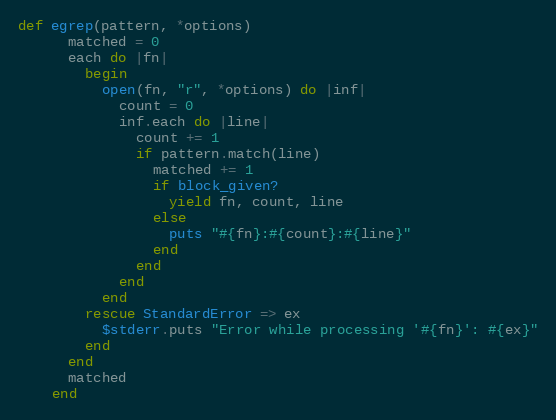
Language: Ruby
def egrep(pattern, *options)
      matched = 0
      each do |fn|
        begin
          open(fn, "r", *options) do |inf|
            count = 0
            inf.each do |line|
              count += 1
              if pattern.match(line)
                matched += 1
                if block_given?
                  yield fn, count, line
                else
                  puts "#{fn}:#{count}:#{line}"
                end
              end
            end
          end
        rescue StandardError => ex
          $stderr.puts "Error while processing '#{fn}': #{ex}"
        end
      end
      matched
    end